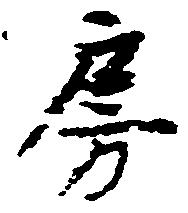
房